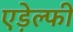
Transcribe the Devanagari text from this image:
एड़ेल्फी